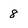
Character: 8